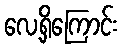
လေ့ရှိကြောင်း